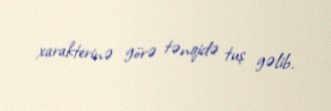
xarakterinə görə tənqidə tuş gəlib.